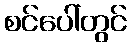
စင်ပေါ်တွင်